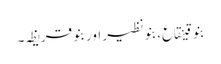
بنو قینقاع، بنو نظیر اور بنو قریظہ۔